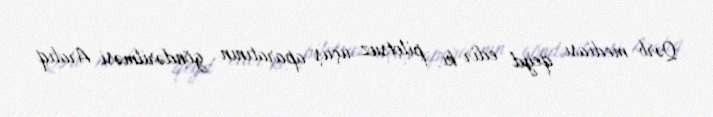
Qərb mediası qeyd edir ki, pilotsuz uçuş aparatının göndərilməsi Aralıq